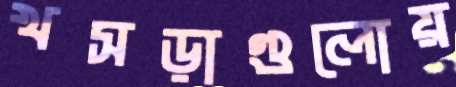
খসড়াগুলোয়